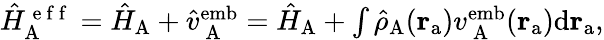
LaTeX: \begin{array}{r}{\hat{H}_{\mathrm{A}}^{\mathrm{~e~f~f~}}=\hat{H}_{\mathrm{A}}+\hat{v}_{\mathrm{~A~}}^{\mathrm{emb}}=\hat{H}_{\mathrm{A}}+\int\hat{\rho}_{\mathrm{A}}(\mathbf{r}_{\mathrm{a}}){v}_{\mathrm{~A~}}^{\mathrm{emb}}(\mathbf{r}_{\mathrm{a}})\mathrm{d}\mathbf{r}_{\mathrm{a}},}\end{array}